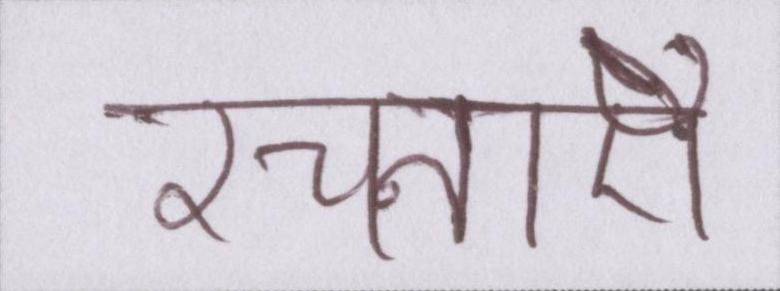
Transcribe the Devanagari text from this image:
रचनाऐं